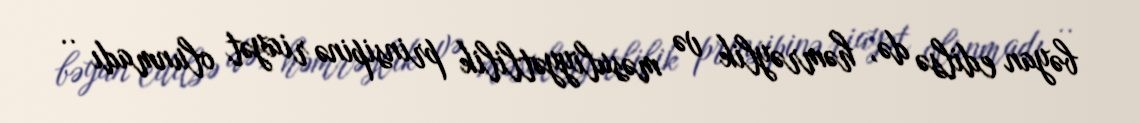
bəyan edilsə də, həmrəylik və məsuliyyətlilik prinsipinə riayət olunmadı ..